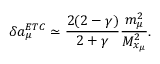
\delta a _ { \mu } ^ { E T C } \simeq \frac { 2 ( 2 - \gamma ) } { 2 + \gamma } \frac { m _ { \mu } ^ { 2 } } { M _ { x _ { \mu } } ^ { 2 } } .